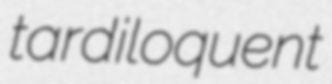
tardiloquent